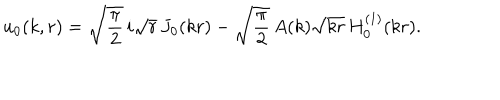
LaTeX: u _ { 0 } ( k , r ) = \sqrt { { \displaystyle { \frac { \pi } { 2 } } } } \, i \sqrt { r } \, J _ { 0 } ( k r ) - \sqrt { { \displaystyle { \frac { \pi } { 2 } } } } \, A ( k ) \sqrt { k r } \, H _ { 0 } ^ { ( 1 ) } ( k r ) .